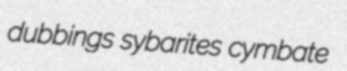
dubbings sybarites cymbate